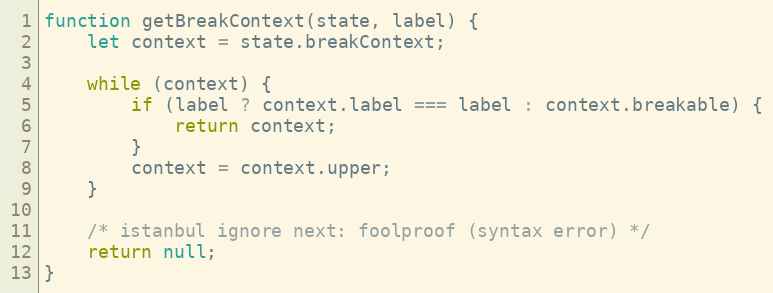
Language: JavaScript
function getBreakContext(state, label) {
    let context = state.breakContext;

    while (context) {
        if (label ? context.label === label : context.breakable) {
            return context;
        }
        context = context.upper;
    }

    /* istanbul ignore next: foolproof (syntax error) */
    return null;
}